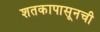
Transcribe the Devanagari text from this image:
शतकापासूनची